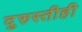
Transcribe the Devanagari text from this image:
दुरुस्तीही